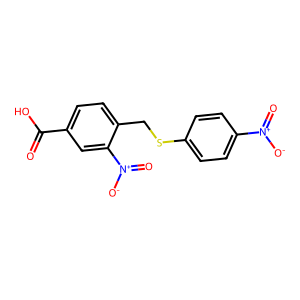
SMILES: O=C(O)c1ccc(CSc2ccc([N+](=O)[O-])cc2)c([N+](=O)[O-])c1
Inhibits HIV replication: No